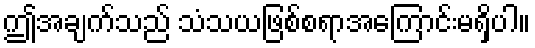
ဤအချက်သည် သံသယဖြစ်စရာအကြောင်းမရှိပါ။